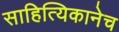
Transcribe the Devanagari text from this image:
साहित्यिकानेच